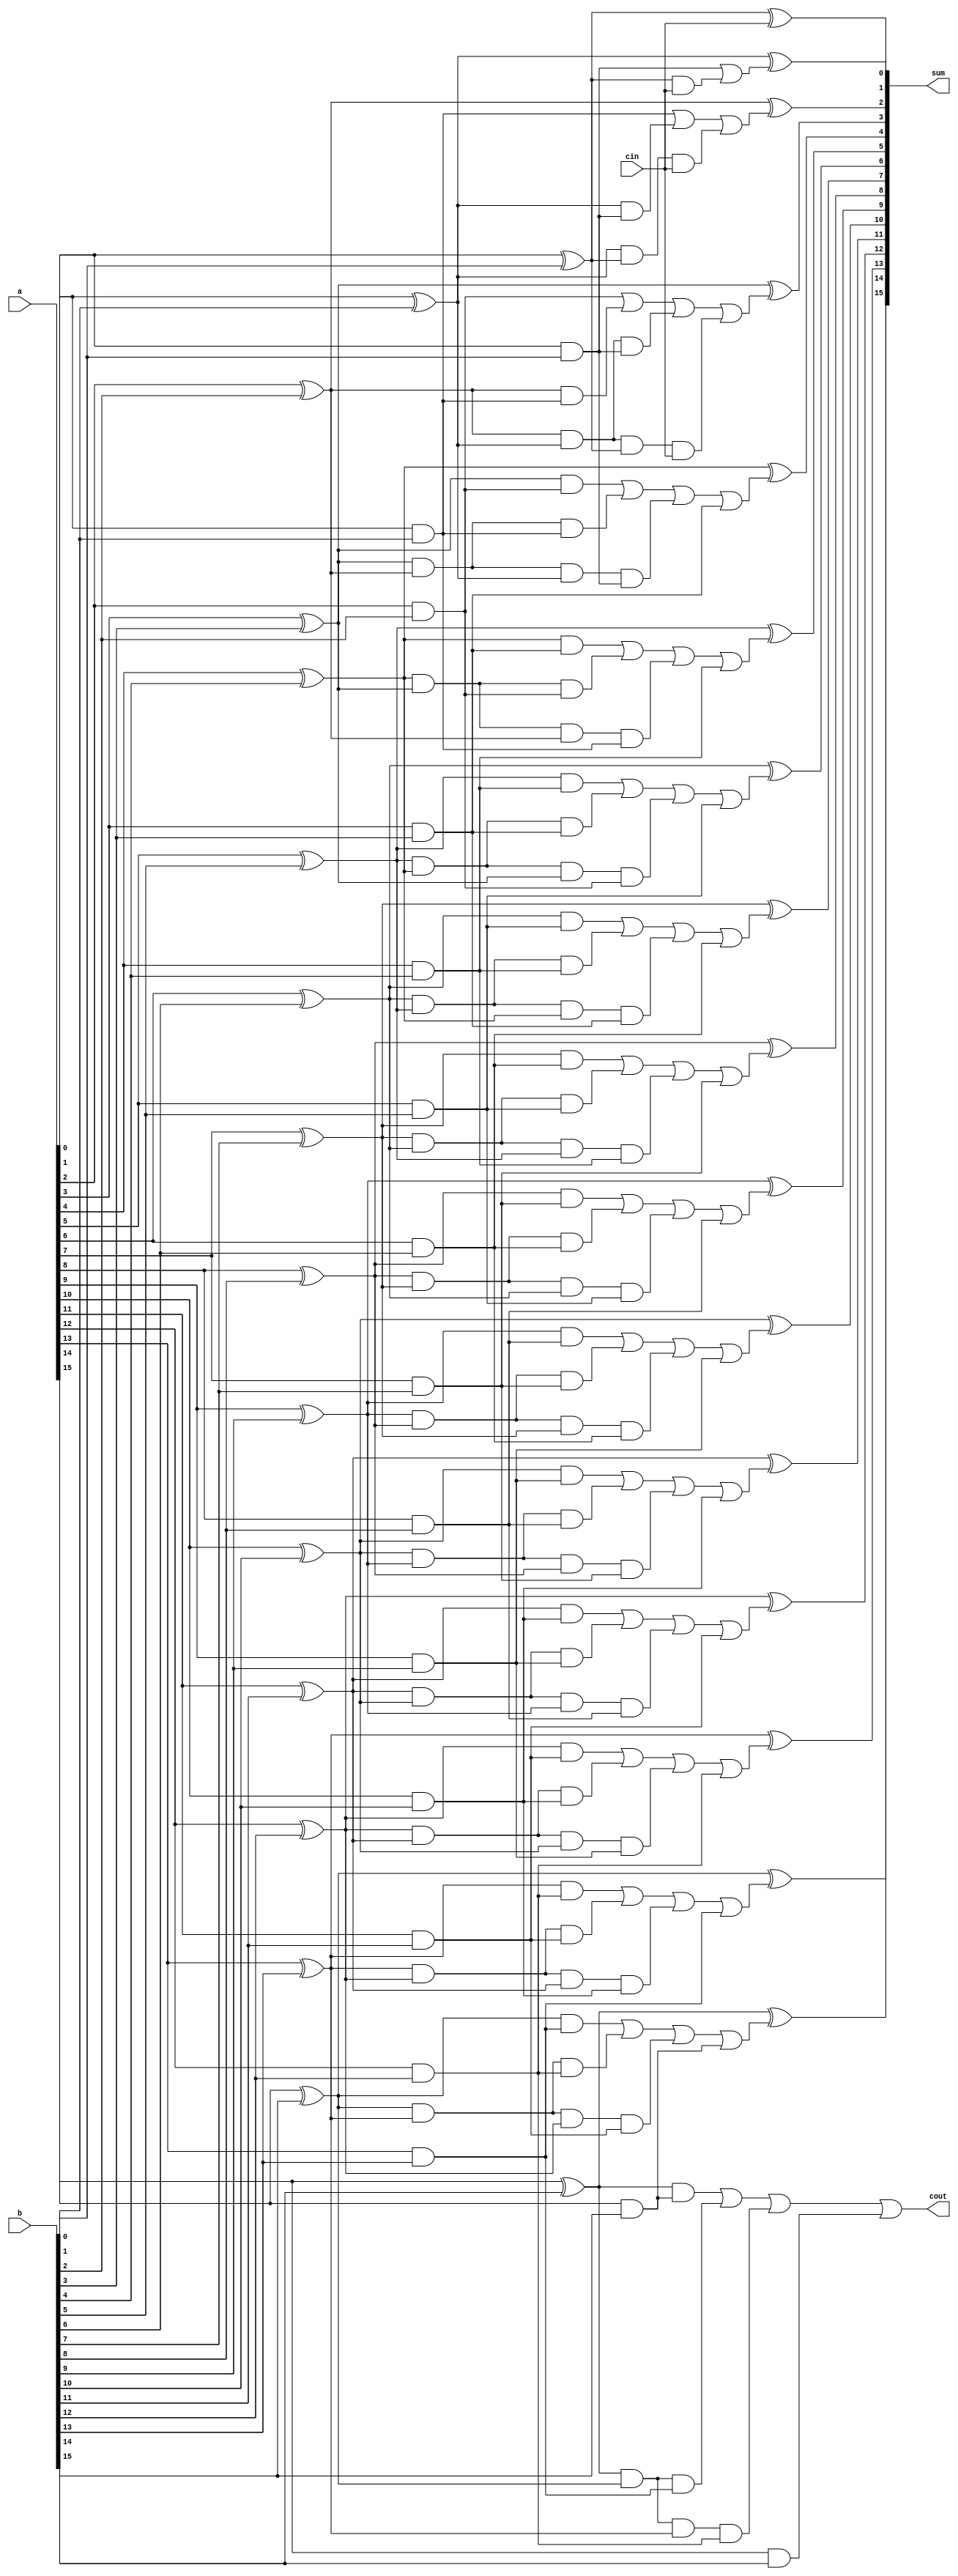
module cla_16_4(a,b, cin, sum,cout);
	input [15:0] a,b;
	input cin;
	output [15:0] sum;
	output cout;
 
    wire [15:0] p,g,c;
	wire  c11,
		  c21,c22,
		  c31,c32,c33,
		  c41,c42,c43,
		  c51,c52,c53,
		  c61,c62,c63,
		  c71,c72,c73,
		  c81,c82,c83,
		  c91,c92,c93,
		  c101,c102,c103,
		  c111,c112,c113,
		  c121,c122,c123,
		  c131,c132,c133,
		  c141,c142,c143,
		  c151,c152,c153,
		  c161,c162,c163;
  
	//propogate
    xor XP0(p[0], a[0], b[0]);
    xor XP1(p[1], a[1], b[1]);
    xor XP2(p[2], a[2], b[2]);
    xor XP3(p[3], a[3], b[3]);
    xor XP4(p[4], a[4], b[4]);
    xor XP5(p[5], a[5], b[5]);
    xor XP6(p[6], a[6], b[6]);
    xor XP7(p[7], a[7], b[7]);
    xor XP8(p[8], a[8], b[8]);
    xor XP9(p[9], a[9], b[9]);
    xor XP10(p[10], a[10], b[10]);
    xor XP11(p[11], a[11], b[11]);
    xor XP12(p[12], a[12], b[12]);
    xor XP13(p[13], a[13], b[13]);
    xor XP14(p[14], a[14], b[14]);
    xor XP15(p[15], a[15], b[15]);
  
	//generate
    and AG0(g[0], a[0], b[0]);
    and AG1(g[1], a[1], b[1]);
    and AG2(g[2], a[2], b[2]);
    and AG3(g[3], a[3], b[3]);
    and AG4(g[4], a[4], b[4]);
    and AG5(g[5], a[5], b[5]);
    and AG6(g[6], a[6], b[6]);
    and AG7(g[7], a[7], b[7]);
    and AG8(g[8], a[8], b[8]);
    and AG9(g[9], a[9], b[9]);
    and AG10(g[10], a[10], b[10]);
    and AG11(g[11], a[11], b[11]);
    and AG12(g[12], a[12], b[12]);
    and AG13(g[13], a[13], b[13]);
    and AG14(g[14], a[14], b[14]);
    and AG15(g[15], a[15], b[15]);
  
	//C0
	assign c[0]=cin;
  
	//C1 c[1]= g[0]|(p[0]&c[0]);
    and AC1(c11,p[0],c[0]);
	or  OC1(c[1],g[0],c11);
  
	//C2 c[2]= g[1] | (p[1]&g[0]) | p[1]&p[0]&c[0];
	and AC21(c21,p[1],g[0]);
	and AC22(c22,p[1],p[0],c[0]);
	or  OC2(c[2],g[1],c21,c22);

	//C3 c[3]= g[2] | (p[2]&g[1]) | p[2]&p[1]&g[0] | p[2]&p[1]&p[0]&c[0];
	and AC31(c31,p[2],g[1]);
	and AC32(c32,p[2],p[1],g[0]);
	and AC33(c33,p[2],p[1],p[0],c[0]);
	or  OC3(c[3],g[2],c31,c32,c33);
  
	//C_acc acc cout= g[3] | (p[3]&g[2]) | p[3]&p[2]&g[1] |p[3]&p[2]&p[1]&g[0]| p[3]&p[2]&p[1]&p[0]&c[0];
	//and(c41,p[3],g[2]);
	//and(c42,p[3],p[2],g[1]);
	//and(c43,p[3],p[2],p[1],g[0]);
	//and(c44,p[3],p[2],p[1],p[0],c[0]);
	//or(c[4],g[3],c41,c42,c43);
	
	//C4 acc cout= g[3] | (p[3]&g[2]) | p[3]&p[2]&g[1] | p[3]&p[2]&p[1]&g[0] | p[3]&p[2]&p[1]&p[0]&c[0];
	//C4 app cout= g[3] | (p[3]&g[2]) | p[3]&p[2]&g[1] | p[3]&p[2]&p[1]&g[0];
	and AC41(c41,p[3],g[2]);
	and AC42(c42,p[3],p[2],g[1]);
	and AC43(c43,p[3],p[2],p[1],g[0]);
	or  OC4(c[4],c41,c42,c43,g[3]);
      
	//C5 acc cout= g[5] | (p[5]&g[4]) | p[5]&p[4]&g[3] |p[5]&p[4]&p[3]&g[2]| p[5]&p[4]&p[3]&p[2]&p[1]| p[5]&p[4]&p[3]&p[2]&p[1];
	//C5 app cout= g[4] | (p[4]&g[3]) | p[4]&p[3]&g[2] | p[4]&p[3]&p[2]&g[1];
	and AC51(c51,p[4],g[3]);
	and AC52(c52,p[4],p[3],g[2]);
	and AC53(c53,p[4],p[3],p[2],g[1]);
	or  OC5(c[5],c51,c52,c53,g[4]);

	//C6 app cout= g[5] | (p[5]&g[4]) | p[5]&p[4]&g[3] | p[5]&p[4]&p[3]&g[2];
	and AC61(c61,p[5],g[4]);
	and AC62(c62,p[5],p[4],g[3]);
	and AC63(c63,p[5],p[4],p[3],g[2]);
	or  OC6(c[6],c61,c62,c63,g[5]);

	//C7 app cout= g[6] | (p[6]&g[5]) | p[6]&p[5]&g[4] | p[6]&p[5]&p[4]&g[3];
	and AC71(c71,p[6],g[5]);
	and AC72(c72,p[6],p[5],g[4]);
	and AC73(c73,p[6],p[5],p[4],g[3]);
	or  OC7(c[7],c71,c72,c73,g[6]);

	//C8 app cout= g[7] | (p[7]&g[6]) | p[7]&p[6]&g[5] | p[7]&p[6]&p[5]&g[4];
	and AC81(c81,p[7],g[6]);
	and AC82(c82,p[7],p[6],g[5]);
	and AC83(c83,p[7],p[6],p[5],g[4]);
	or  OC8(c[8],c81,c82,c83,g[7]);

	//C9 app cout= g[8] | (p[8]&g[7]) | p[8]&p[7]&g[6] | p[8]&p[7]&p[6]&g[5];
	and AC91(c91,p[8],g[7]);
	and AC92(c92,p[8],p[7],g[6]);
	and AC93(c93,p[8],p[7],p[6],g[5]);
	or  OC9(c[9],c91,c92,c93,g[8]);

	//C10 app cout= g[9] | (p[9]&g[8]) | p[9]&p[8]&g[7] | p[9]&p[8]&p[7]&g[6];
	and AC101(c101,p[9],g[8]);
	and AC102(c102,p[9],p[8],g[7]);
	and AC103(c103,p[9],p[8],p[7],g[6]);
	or  OC10(c[10],c101,c102,c103,g[9]);

	//C11 app cout= g[10] | (p[10]&g[9]) | p[10]&p[9]&g[8] | p[10]&p[9]&p[8]&g[7];
	and AC111(c111,p[10],g[9]);
	and AC112(c112,p[10],p[9],g[8]);
	and AC113(c113,p[10],p[9],p[8],g[7]);
	or  OC11(c[11],c111,c112,c113,g[10]);

	//C12 app cout= g[11] | (p[11]&g[10]) | p[11]&p[10]&g[9] | p[11]&p[10]&p[9]&g[8];
	and AC121(c121,p[11],g[10]);
	and AC122(c122,p[11],p[10],g[9]);
	and AC123(c123,p[11],p[10],p[9],g[8]);
	or  OC12(c[12],c121,c122,c123,g[11]);

	//C13 app cout= g[12] | (p[12]&g[11]) | p[12]&p[11]&g[10] | p[12]&p[11]&p[10]&g[9];
	and AC131(c131,p[12],g[11]);
	and AC132(c132,p[12],p[11],g[10]);
	and AC133(c133,p[12],p[11],p[10],g[9]);
	or  OC13(c[13],c131,c132,c133,g[12]);

	//C14 app cout= g[13] | (p[13]&g[12]) | p[13]&p[12]&g[11] | p[13]&p[12]&p[11]&g[10];
	and AC141(c141,p[13],g[12]);
	and AC142(c142,p[13],p[12],g[11]);
	and AC143(c143,p[13],p[12],p[11],g[10]);
	or  OC14(c[14],c141,c142,c143,g[13]);

	//C15 app cout= g[14] | (p[14]&g[13]) | p[14]&p[13]&g[12] | p[14]&p[13]&p[12]&g[11];
	and AC151(c151,p[14],g[13]);
	and AC152(c152,p[14],p[13],g[12]);
	and AC153(c153,p[14],p[13],p[12],g[11]);
	or  OC15(c[15],c151,c152,c153,g[14]);

	//C16 app cout= g[15] | (p[15]&g[14]) | p[15]&p[14]&g[13] | p[15]&p[14]&p[13]&g[12];
	and AC161(c161,p[15],g[14]);
	and AC162(c162,p[15],p[14],g[13]);
	and AC163(c163,p[15],p[14],p[13],g[12]);
	or  OC16(cout,c161,c162,c163,g[15]);

  
	//Sum
	xor XS0(sum[0], p[0], c[0]);
	xor XS1(sum[1], p[1], c[1]);
	xor XS2(sum[2], p[2], c[2]);
	xor XS3(sum[3], p[3], c[3]);
	xor XS4(sum[4], p[4], c[4]);
	xor XS5(sum[5], p[5], c[5]);
	xor XS6(sum[6], p[6], c[6]);
	xor XS7(sum[7], p[7], c[7]);
	xor XS8(sum[8], p[8], c[8]);
	xor XS9(sum[9], p[9], c[9]);
	xor XS10(sum[10], p[10], c[10]);
	xor XS11(sum[11], p[11], c[11]);
	xor XS12(sum[12], p[12], c[12]);
	xor XS13(sum[13], p[13], c[13]);
	xor XS14(sum[14], p[14], c[14]);
	xor XS15(sum[15], p[15], c[15]);

endmodule